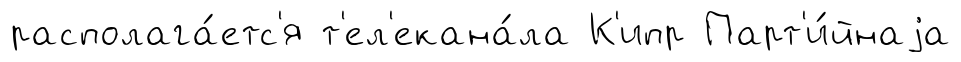
располага́етс'я т'ел'екана́ла К'ипр Парт'и́йнаjа